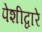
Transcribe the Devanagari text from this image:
पेशीद्वारे